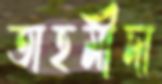
তাহমীদা